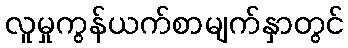
လူမှုကွန်ယက်စာမျက်နှာတွင်